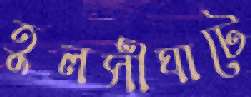
তুলসীঘাটে